Annual report of the Punjab Veterinary College and of the Civil Veterinary Department, Punjab - 1926-1932
Year: 1926
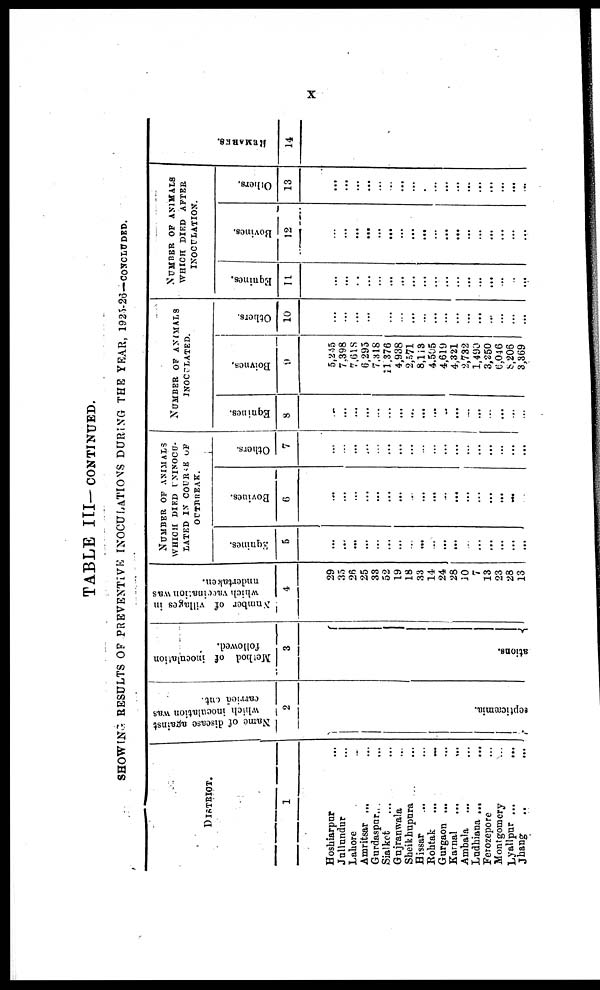
X
TABLE III—CONTINUED.
SHOWING RESULTS OF PREVENTIVE INOCULATIONS DURING THE YEAR, 1925-26—CONCLUDED
DISTRICT.
1
Hoshiarpur ...
Jullundur ...
Lahore ...
Amritsar ... ...
Gurdaspur ... ...
Sialkot ... ...
Gujranwala ...
Sheikhupura ...
Hissar ... ...
Rohtak
...
...
Gurgaon ... ...
Karnal
...
...
Ambala ... ...
Ludhiana ...
...
Ferozepore ... ...
Montgomery ... ...
Lyallpur ... ...
Jhang
..
...
Name of disease against
which inoculation was
carried cut.
2
scpticæmia.
Method of inoculation
followed.
3
ations.
Number
of villages in
which
vaccination was
undertaken.
4
29
35
26
25
33
52
19
18
33
14
24
28
10
7
13
23
28
13
NUMBER OF ANIMALS
WHICH DIED UNINOCU-
LATED IN COURSE OF
OUTRREAK.
Equines.
5
...
...
...
...
...
...
...
...
...
...
...
...
...
...
...
...
...
...
Bovines.
(5
...
...
...
...
...
...
...
...
...
...
...
...
...
...
...
...
...
...
Others.
7
...
...
...
...
...
...
...
...
...
...
...
...
...
...
...
...
...
...
NUMBER OF ANIMALS
INOCULATED.
Equines.
8
...
...
...
...
...
...
...
...
...
...
..
...
...
...
...
...
...
...
Boivnes,
9
5,245
7.398
7,618
6,295
7,318
11,376
4,938
2,571
8,113
4.505
4,619
4,321
2,732
1,490
3,250
6,046
8,206
3,369
Others.
10
...
...
...
...
...
...
...
...
...
...
...
... ...
...
...
...
...
...
NUMBER OF ANIMALS
WHICH
DIED AFTER
INOCULATION.
Equines.
11
...
...
...
...
...
...
...
...
...
...
...
...
...
...
...
...
...
...
Bovines.
12
...
...
...
...
...
...
...
...
...
...
...
...
...
...
...
...
...
...
Others,
13
...
...
...
...
...
...
...
...
...
...
...
...
...
...
...
...
...
...
REMARKS
14